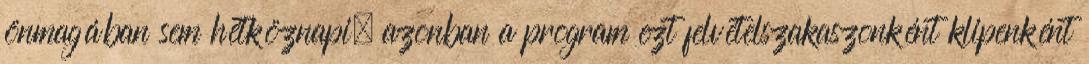
önmagában sem hétköznapi, azonban a program ezt felvételszakaszonként klipenként